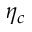
\eta _ { c }